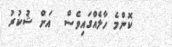
ކޮންމެ ހާލެއްގައިވެސް  އަށް ޝުކުރު